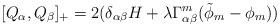
LaTeX: \begin{align*}[Q_{\alpha}, Q_{\beta}]_{+} = 2(\delta_{\alpha \beta} H + \lambda \Gamma^{m}_{\alpha \beta} (\tilde{\phi}_{m} - \phi_{m} )) \end{align*}